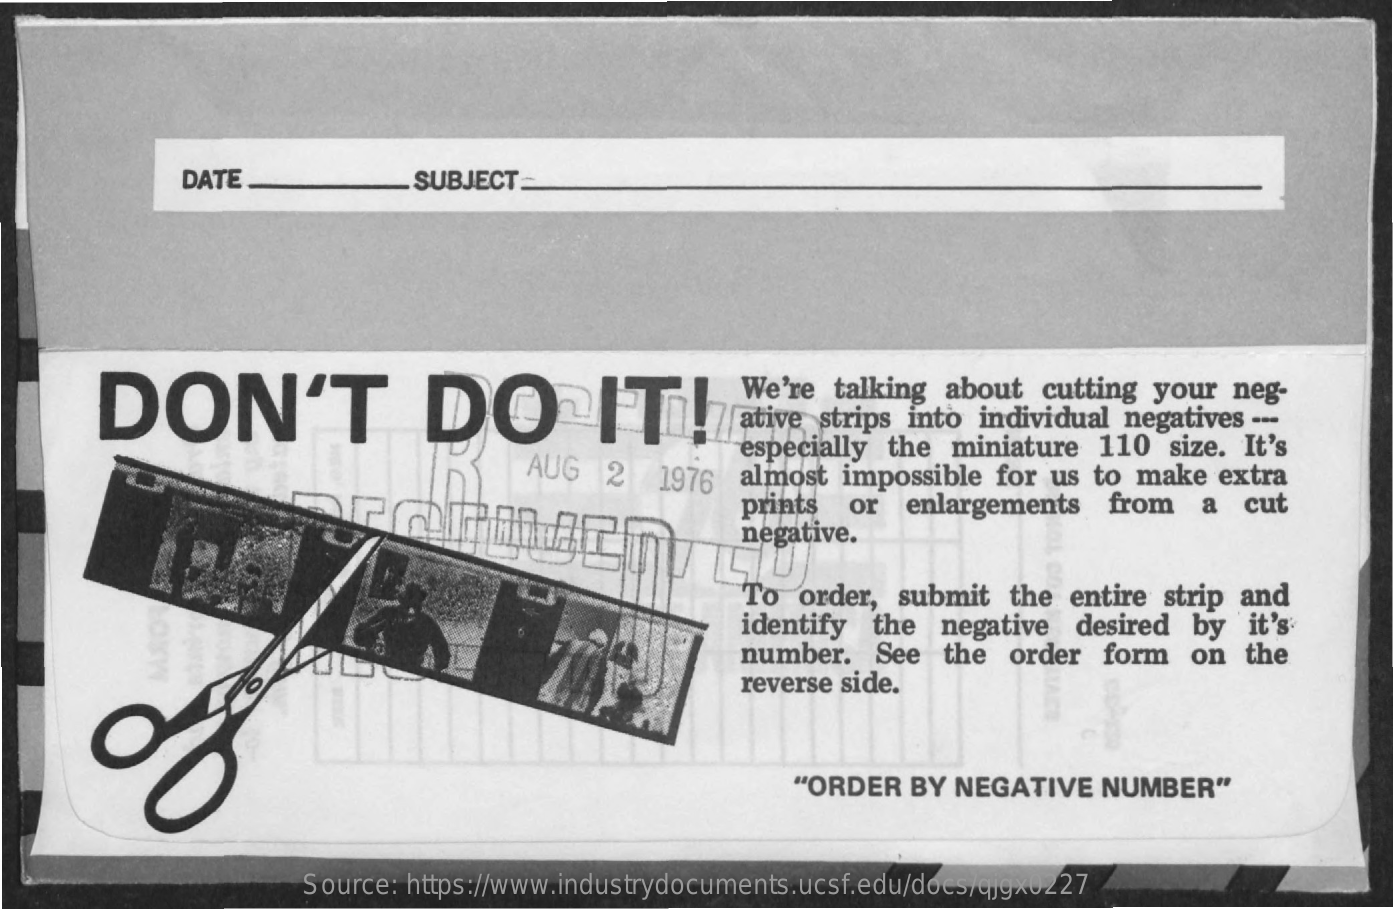
DATE    SUBJECT:
     DON'T    DO    IT!
     We're  talking about  cutting  your  neg-
     ative strips into individual negatives ---
     AUG   2  1976
     especially the  miniature  110  size. It's
     almost impossible  for us to make   extra
     prints  or  enlargements   from   a  cut
     negative.
     To  order, submit   the entire strip and
     identify  the  negative  desired  by  it's
     number.   See  the  order  form   on  the
     reverse side.
     "ORDER  BY  NEGATIVE   NUMBER"
     Source: https://www.industrydocuments.ucsf.edu/docs/qjgx0227